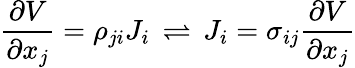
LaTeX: {\frac{\partial V}{\partial x_{j}}}=\rho_{ji}J_{i}\, \rightleftharpoons\, J_{i}=\sigma_{ij}{\frac{\partial V}{\partial x_{j}}}